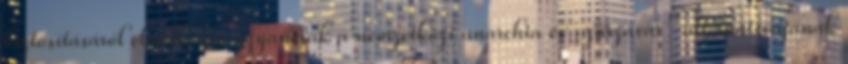
biztosításáról elmélkedve ugyancsak a nemzetközi anarchia és „zűrzavar” alternatívájának